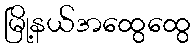
မြို့နယ်အထွေထွေ